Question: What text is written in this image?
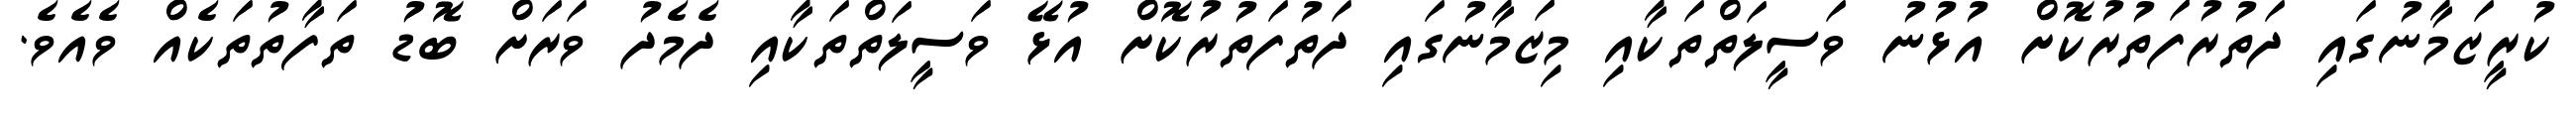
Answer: ކުރީޒަމާނުގައި ދަތުރުފަތުރުކޮށް އުޅުނު ވަސީލަތްތަކާއި މިޒަމާނުގައި ދަތުފަތުރުކޮށް އުޅޭ ވަސީލަތްތަކާއި ދެމެދު ވަރަށް ބޮޑު ތަފާތުތަކެއް ވެއެވެ.